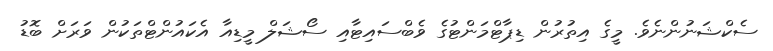
ސެކްޝަނުންނެވެ. މީގެ އިތުރުން ޑިޕާޓްމަންޓުގެ ވެބްސައިޓާއި ސޯޝަލް މީޑިއާ އެކައުންޓްތަކުން ވަރަށް ބޮޑު